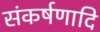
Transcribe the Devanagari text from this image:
संकर्षणादि